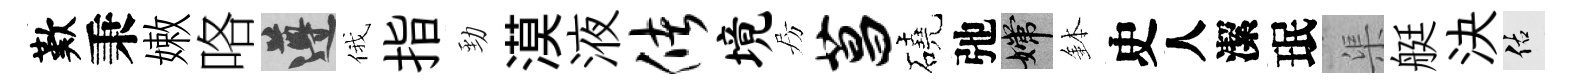
歎秉嫩咯遵俄指勁漠液储境房菖磽弛嫦鉢史人潔珉渠艇決佑